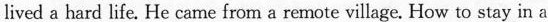
lived a hard life. He came from a remote village. How to stay in a